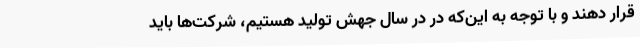
قرار دهند و با توجه به این‌که در در سال جهش تولید هستیم، شرکت‌ها باید